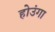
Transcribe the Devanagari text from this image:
होउंगा